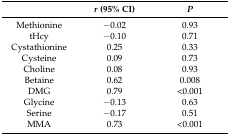
<table><thead><tr><td></td><td><b><i>r</i> (95% CI)</b></td><td><b><i>P</i></b></td></tr></thead><tbody><tr><td>Methionine</td><td>−0.02</td><td>0.93</td></tr><tr><td>tHcy</td><td>−0.10</td><td>0.71</td></tr><tr><td>Cystathionine</td><td>0.25</td><td>0.33</td></tr><tr><td>Cysteine</td><td>0.09</td><td>0.73</td></tr><tr><td>Choline</td><td>0.08</td><td>0.93</td></tr><tr><td>Betaine</td><td>0.62</td><td>0.008</td></tr><tr><td>DMG</td><td>0.79</td><td>&lt;0.001</td></tr><tr><td>Glycine</td><td>−0.13</td><td>0.63</td></tr><tr><td>Serine</td><td>−0.17</td><td>0.51</td></tr><tr><td>MMA</td><td>0.73</td><td>&lt;0.001</td></tr></tbody></table>